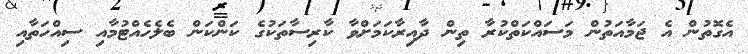
އެގޮތުން އެ ޖަމާއަތުން މަސައްކަތްކުރާ ތިން ދާއިރާކަމަށްވާ ކާރިސާތަކުގެ ކަންކަން ބެލެހެއްޓުމާއި ސިއްހަތާއި